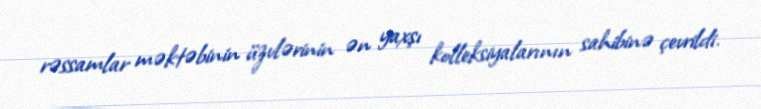
rəssamlar məktəbinin üzvlərinin ən yaxşı kolleksiyalarının sahibinə çevrildi.